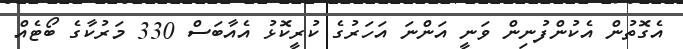
އެގޮތުން އެކުންފުނިން ވަނީ އަންނަ އަހަރުގެ ކުރީކޮޅު އެއާބަސް 330 މަރުކާގެ ބޯޓެއް